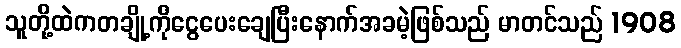
သူတို့ထဲကတချို့ကိုငွေပေးချေပြီးနောက်အခမဲ့ဖြစ်သည် မာတင်သည် 1908